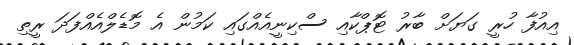
އިއުފާ ހުރީ ގަޔަށް ބާރު ޓޮޕްކާއި ސްކިނީއެއްގައި ކަމުން އެ މޮޑެލްއެއްފަދަ ރީތި